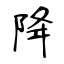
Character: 降